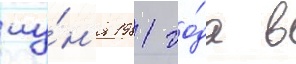
иу́н'я 1981 го́да в